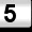
Digit: 5